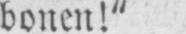
bonen!“